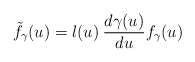
\begin{align*}{\tilde f}_{\gamma} (u) = l(u) \: \frac{d\gamma(u)}{du} f_{\gamma}(u)\end{align*}